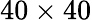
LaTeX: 40\times 40